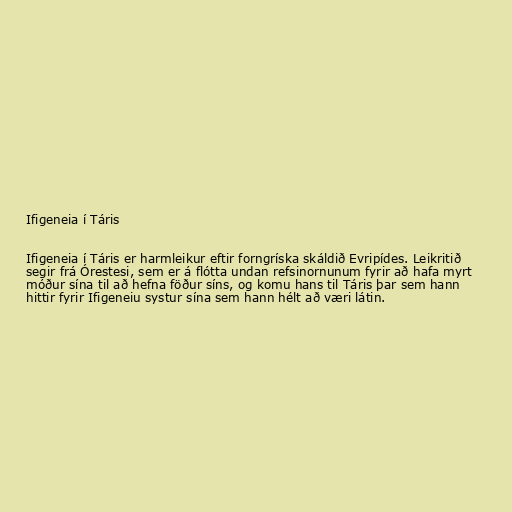
Ifigeneia í Táris

Ifigeneia í Táris er harmleikur eftir forngríska skáldið Evripídes. Leikritið
segir frá Órestesi, sem er á flótta undan refsinornunum fyrir að hafa myrt
móður sína til að hefna föður síns, og komu hans til Táris þar sem hann
hittir fyrir Ifigeneiu systur sína sem hann hélt að væri látin.